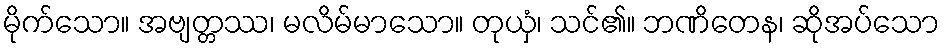
မိုက်သော။ အဗျတ္တဿ၊ မလိမ်မာသော။ တုယှံ၊ သင်၏။ ဘဏိတေန၊ ဆိုအပ်သော